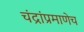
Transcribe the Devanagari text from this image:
चंद्रांप्रमाणेच